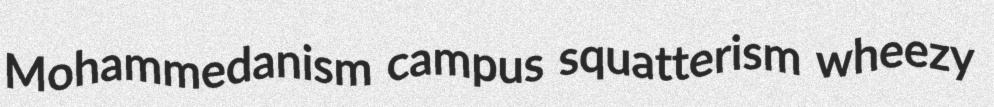
Mohammedanism campus squatterism wheezy